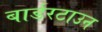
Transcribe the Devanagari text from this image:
बार्डरटाउन